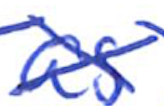
Text: as
Cross-out: cross
Writing tool: ballpoint